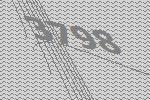
3798